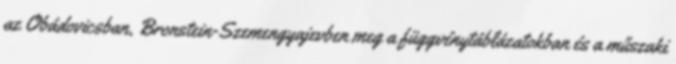
az Obádovicsban, Bronstein-Szemengyajevben meg a függvénytáblázatokban és a műszaki